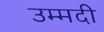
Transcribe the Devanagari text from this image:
उम्मदी